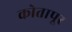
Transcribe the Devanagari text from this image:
कोतापूर